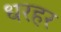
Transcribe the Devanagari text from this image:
धरहर